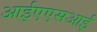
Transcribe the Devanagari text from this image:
आईएएसआई